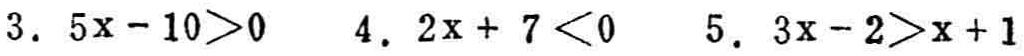
1. \(5x - 10>0\)
2. \(2x + 7<0\)
3. \(3x - 2>x + 1\)